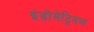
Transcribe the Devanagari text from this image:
इंडोमेट्रियल